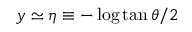
y \simeq \eta \equiv - \log \tan \theta / 2